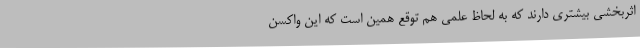
اثربخشی بیشتری دارند که به لحاظ علمی هم توقع همین است که این واکسن